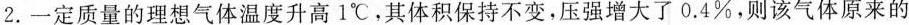
2.一定质量的理想气体温度升高1℃，其体积保持不变，压强增大了0.4%，则该气体原来的